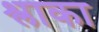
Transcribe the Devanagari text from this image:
श्लाका